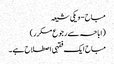
مباح - ویکی شیعہ
(اباحہ سے رجوع مکرر)
مباح ایک فقہی اصطلاح ہے ۔